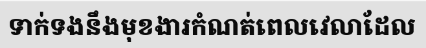
ទាក់ទងនឹងមុខងារកំណត់ពេលវេលាដែល